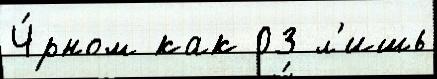
Ч́рном как 03 л'ишь